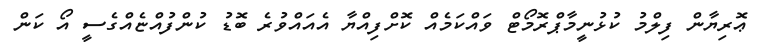
ޢޮރިޔާން ފިލްމު ކުޅުނީމާޕްރޮމޯޓް ވައްކަމެއް ކޮށްފިއްޔާ އެއައްވުރެ ބޮޑު ކުންފުއްޏެއްގެސީ އޯ ކަން